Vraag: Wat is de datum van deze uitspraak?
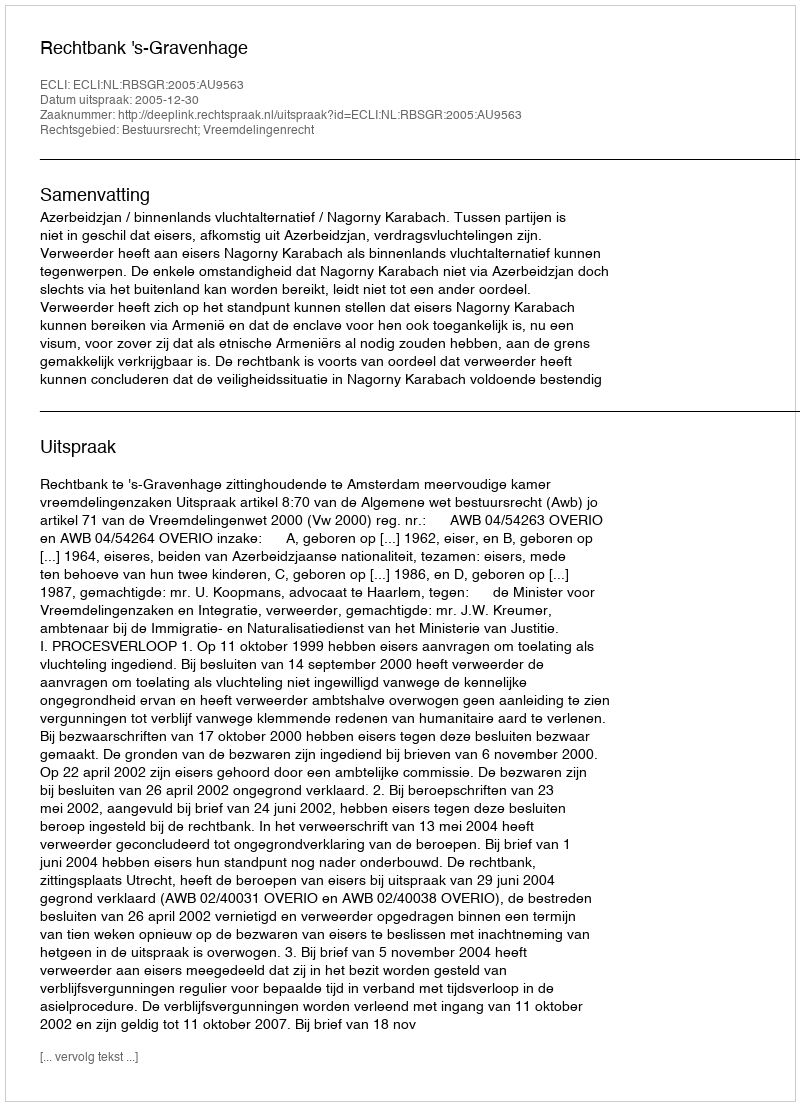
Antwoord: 2005-12-30